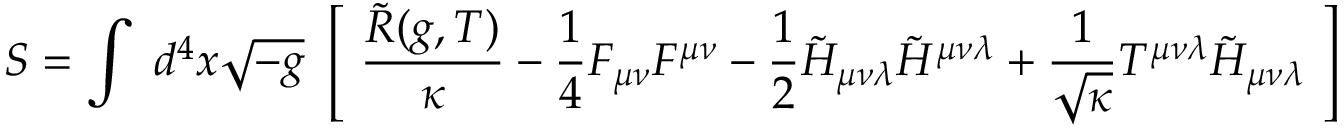
S = \int ~ d ^ { 4 } x \sqrt { - g } ~ \left[ ~ \frac { \tilde { R } ( g , T ) } { \kappa } - \frac { 1 } { 4 } F _ { \mu \nu } F ^ { \mu \nu } - \frac { 1 } { 2 } \tilde { H } _ { \mu \nu \lambda } \tilde { H } ^ { \mu \nu \lambda } + \frac { 1 } { \sqrt { \kappa } } T ^ { \mu \nu \lambda } \tilde { H } _ { \mu \nu \lambda } ~ \right]